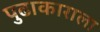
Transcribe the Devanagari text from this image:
पुढाकाराला